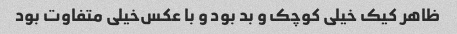
ظاهر کیک خیلی کوچک و بد بود و با عکس‌خیلی متفاوت بود